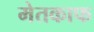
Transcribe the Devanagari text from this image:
मेतकाफ